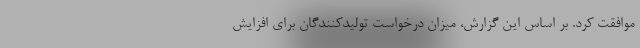
موافقت کرد. بر اساس این گزارش، میزان درخواست تولیدکنندگان برای افزایش